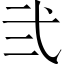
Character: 弐